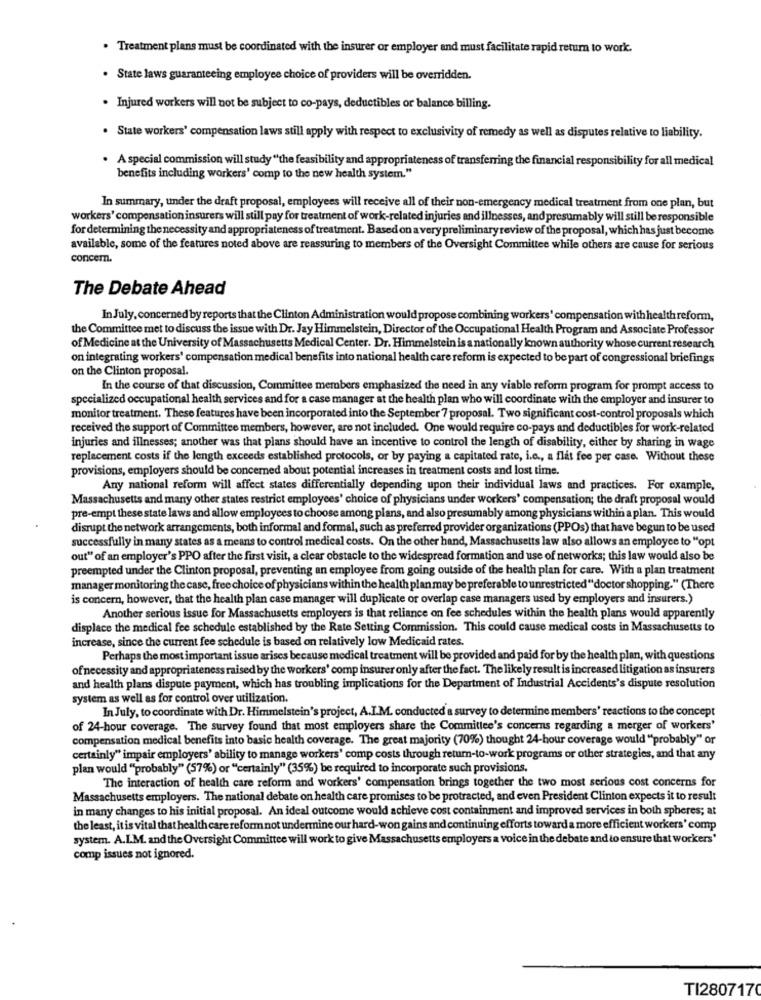
. Treatment plans must be coordinated with the insurer or employer and must facilitate rapid retum to work.
. State laws guaranteeing employee choice of providers will be overridden.
. Injured workers will not be subject to co-pays, deductibles or balance billing.
. State workers' compensation laws still apply with respect to exclusivity of remedy as well as disputes relative to liability.
. A special commission will study "the feasibility and appropriateness of transferring the financial responsibility for all medical
benefits including workers' comp to the new health system."
In summary, under the draft proposal, employees will receive all of their non-emergency medical treatment from one plan, but
workers' compensation insurers will still pay for treatment of work-related injuries and illnesses, and presumably will still be responsible
for determining the necessity and appropriateness of treatment. Based on a very preliminary review of the proposal, which has just become
available, some of the features noted above are reassuring to members of the Oversight Committee while others are cause for serious
concern.
The Debate Ahead
In July, concerned by reports that the Clinton Administration would propose combining workers' compensation with health reform,
the Committee met to discuss the issue with Dr. Jay Himmelstein, Director of the Occupational Health Program and Associate Professor
of Medicine at the University of Massachusetts Medical Center. Dr. Himmelstein is a nationally known authority whose current research
on integrating workers' compensation medical benefits into national health care reform is expected to be part of congressional briefings
on the Clinton proposal.
In the course of that discussion, Committee members emphasized the need in any viable reform program for prompt access to
specialized occupational health services and for a case manager at the health plan who will coordinate with the employer and insurer to
monitor treatment. These features have been incorporated into the September 7 proposal. Two significant cost-control proposals which
received the support of Committee members, however, are not included. One would require co-pays and deductibles for work-related
injuries and illnesses; another was that plans should have an incentive to control the length of disability, either by sharing in wage
replacement costs if the length exceeds established protocols, or by paying a capitated rate, i.e ., a flat fee per case. Without these
provisions, employers should be concerned about potential increases in treatment costs and lost time.
Any national reform will affect states differentially depending upon their individual laws and practices. For example,
Massachusetts and many other states restrict employees' choice of physicians under workers' compensation; the draft proposal would
pre-empt these state laws and allow employees to choose among plans, and also presumably among physicians within a plan. This would
disrupt the network arrangements, both informal and formal, such as preferred provider organizations (PPOs) that have begun to be used
successfully in many states as a means to control medical costs. On the other hand, Massachusetts law also allows an employee to "opt
out" of an employer's PPO after the first visit, a clear obstacle to the widespread formation and use of networks; this law would also be
preempted under the Clinton proposal, preventing an employee from going outside of the health plan for care. With a plan treatment
manager monitoring the case, free choice of physicians within the health plan may be preferable to unrestricted" doctor shopping." (There
is concern, however, that the health plan case manager will duplicate or overlap case managers used by employers and insurers.)
Another serious issue for Massachusetts employers is that reliance on fee schedules within the health plans would apparently
displace the medical fee schedule established by the Rate Setting Commission. This could cause medical costs in Massachusetts to
increase, since the current fee schedule is based on relatively low Medicaid rates.
Perhaps the most important issue arises because medical treatment will be provided and paid for by the health plan, with questions
of necessity and appropriateness raised by the workers' comp insurer only after the fact. The likely result is increased litigation as insurers
and health plans dispute payment, which has troubling implications for the Department of Industrial Accidents's dispute resolution
system as well as for control over utilization.
In July, to coordinate with Dr. Himmelstein's project, A.I.M. conducted a survey to determine members' reactions to the concept
of 24-hour coverage. The survey found that most employers share the Committee's concerns regarding a merger of workers'
compensation medical benefits into basic health coverage. The great majority (70%) thought 24-hour coverage would "probably" or
certainly" impair employers' ability to manage workers' comp costs through retum-to-work programs or other strategies, and that any
plan would "probably" (57%) or "certainly" (35%) be required to incorporate such provisions.
The interaction of health care reform and workers' compensation brings together the two most serious cost concerns for
Massachusetts employers. The national debate on health care promises to be protracted, and even President Clinton expects it to result
in many changes to his initial proposal. An ideal outcome would achieve cost containment and improved services in both spheres; at
the least, it is vital that health care reform not undermine our hard-won gains and continuing efforts toward a more efficient workers' comp
system. A.I.M. and the Oversight Committee will work to give Massachusetts employers a voice in the debate and to ensure that workers'
comp issues not ignored.
TI2807170